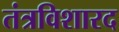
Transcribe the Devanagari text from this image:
तंत्रविशारद